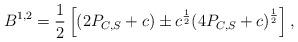
LaTeX: \begin{align*}B_{}^{1, 2} = \frac{1}{2} \left[ (2P_{C, S} + c) \pm c^{\frac{1}{2}}{(4 P_{C, S}+c)}^{\frac{1}{2}} \right],\end{align*}